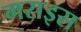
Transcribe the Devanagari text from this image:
मराइस